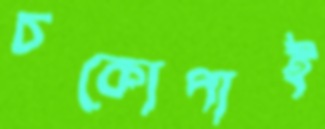
চকোপাই